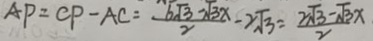
A P = C P - A C = \frac { 6 \sqrt { 3 } - \sqrt { 3 x } } { 2 } - 2 \sqrt { 3 } = \frac { 2 \sqrt { 3 } - \sqrt { 3 } x } { 2 }